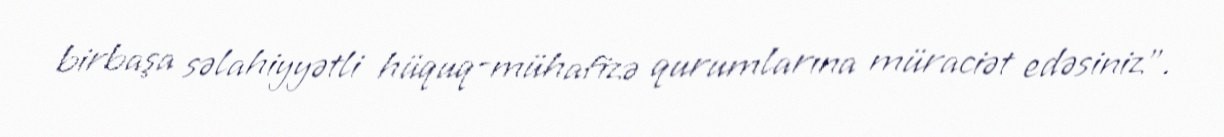
birbaşa səlahiyyətli hüquq-mühafizə qurumlarına müraciət edəsiniz".